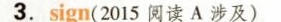
3.sign(2015 阅读 A 涉及)